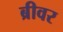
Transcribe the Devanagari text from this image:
ब्रीवर